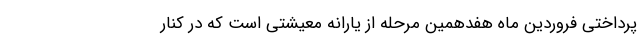
پرداختی فروردین ماه هفدهمین مرحله از یارانه معیشتی است که در کنار